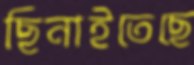
ছিনাইতেছে